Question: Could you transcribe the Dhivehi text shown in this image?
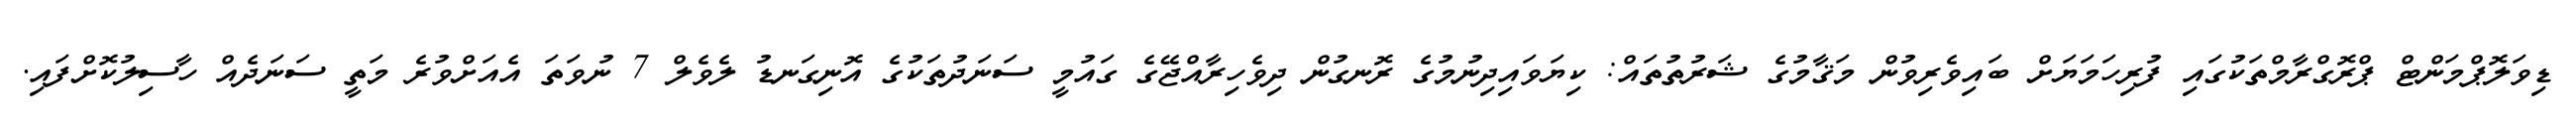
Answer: ޑިވަލޮޕްމަންޓް ޕްރޮގްރާމްތަކުގައި ފުރިހަމަޔަށް ބައިވެރިވުން މަޤާމުގެ ޝަރުތުތައް: ކިޔަވައިދިނުމުގެ ރޮނގުން ދިވެހިރާއްޖޭގެ ގައުމީ ސަނަދުތަކުގެ އޮނިގަނޑު ލެވެލް 7 ނުވަތަ އެއަށްވުރެ މަތީ ސަނަދެއް ހާސިލުކޮށްފައި.